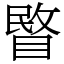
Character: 睯